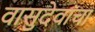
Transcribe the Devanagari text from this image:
वासुदेवांचा